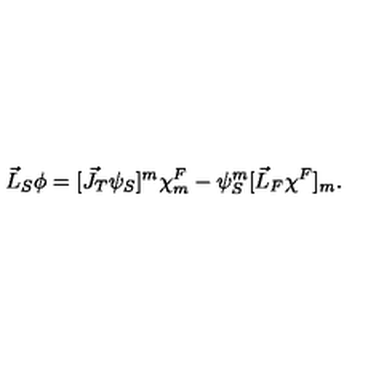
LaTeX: \vec { L } _ { S } \phi = [ \vec { J } _ { T } { \psi } _ { S } ] ^ { m } { \chi } _ { m } ^ { F } - { \psi } _ { S } ^ { m } [ \vec { L } _ { F } { \chi } ^ { F } ] _ { m } .